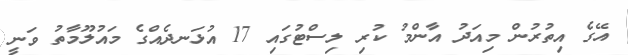
އޭގެ އިތުރުން މިއަދު އާންމު ކުރި ލިސްޓުގައި 17 އުޅަނދެއްގެ މައުލޫމާތު ވަނީ